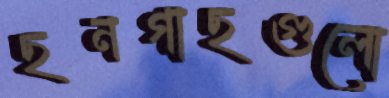
ছনগাছগুলো